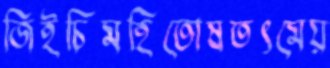
জিইচিমহিতোষতৎমেয়